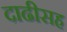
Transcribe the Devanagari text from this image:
दाढीसह